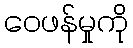
ဝေဖန်မှုကို